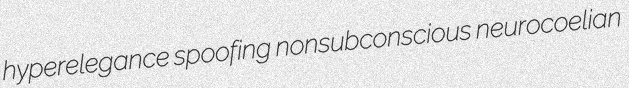
hyperelegance spoofing nonsubconscious neurocoelian